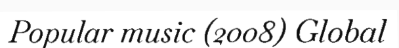
Popular music (2008) Global